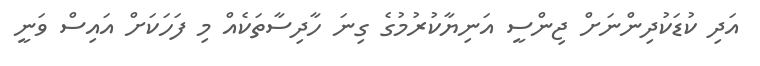
އަދި ކުޑަކުދިންނަށް ޖިންސީ އަނިޔާކުރުމުގެ ގިނަ ހާދިސާތަކެއް މި ފަހަކަށް އައިސް ވަނީ